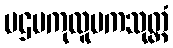
ပဌမကုလူပကသုတ္တံ